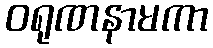
ဝရုဏနာမကာ